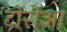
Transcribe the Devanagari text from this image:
टोरोआ